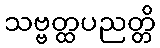
သဗ္ဗတ္ထပညတ္တိ